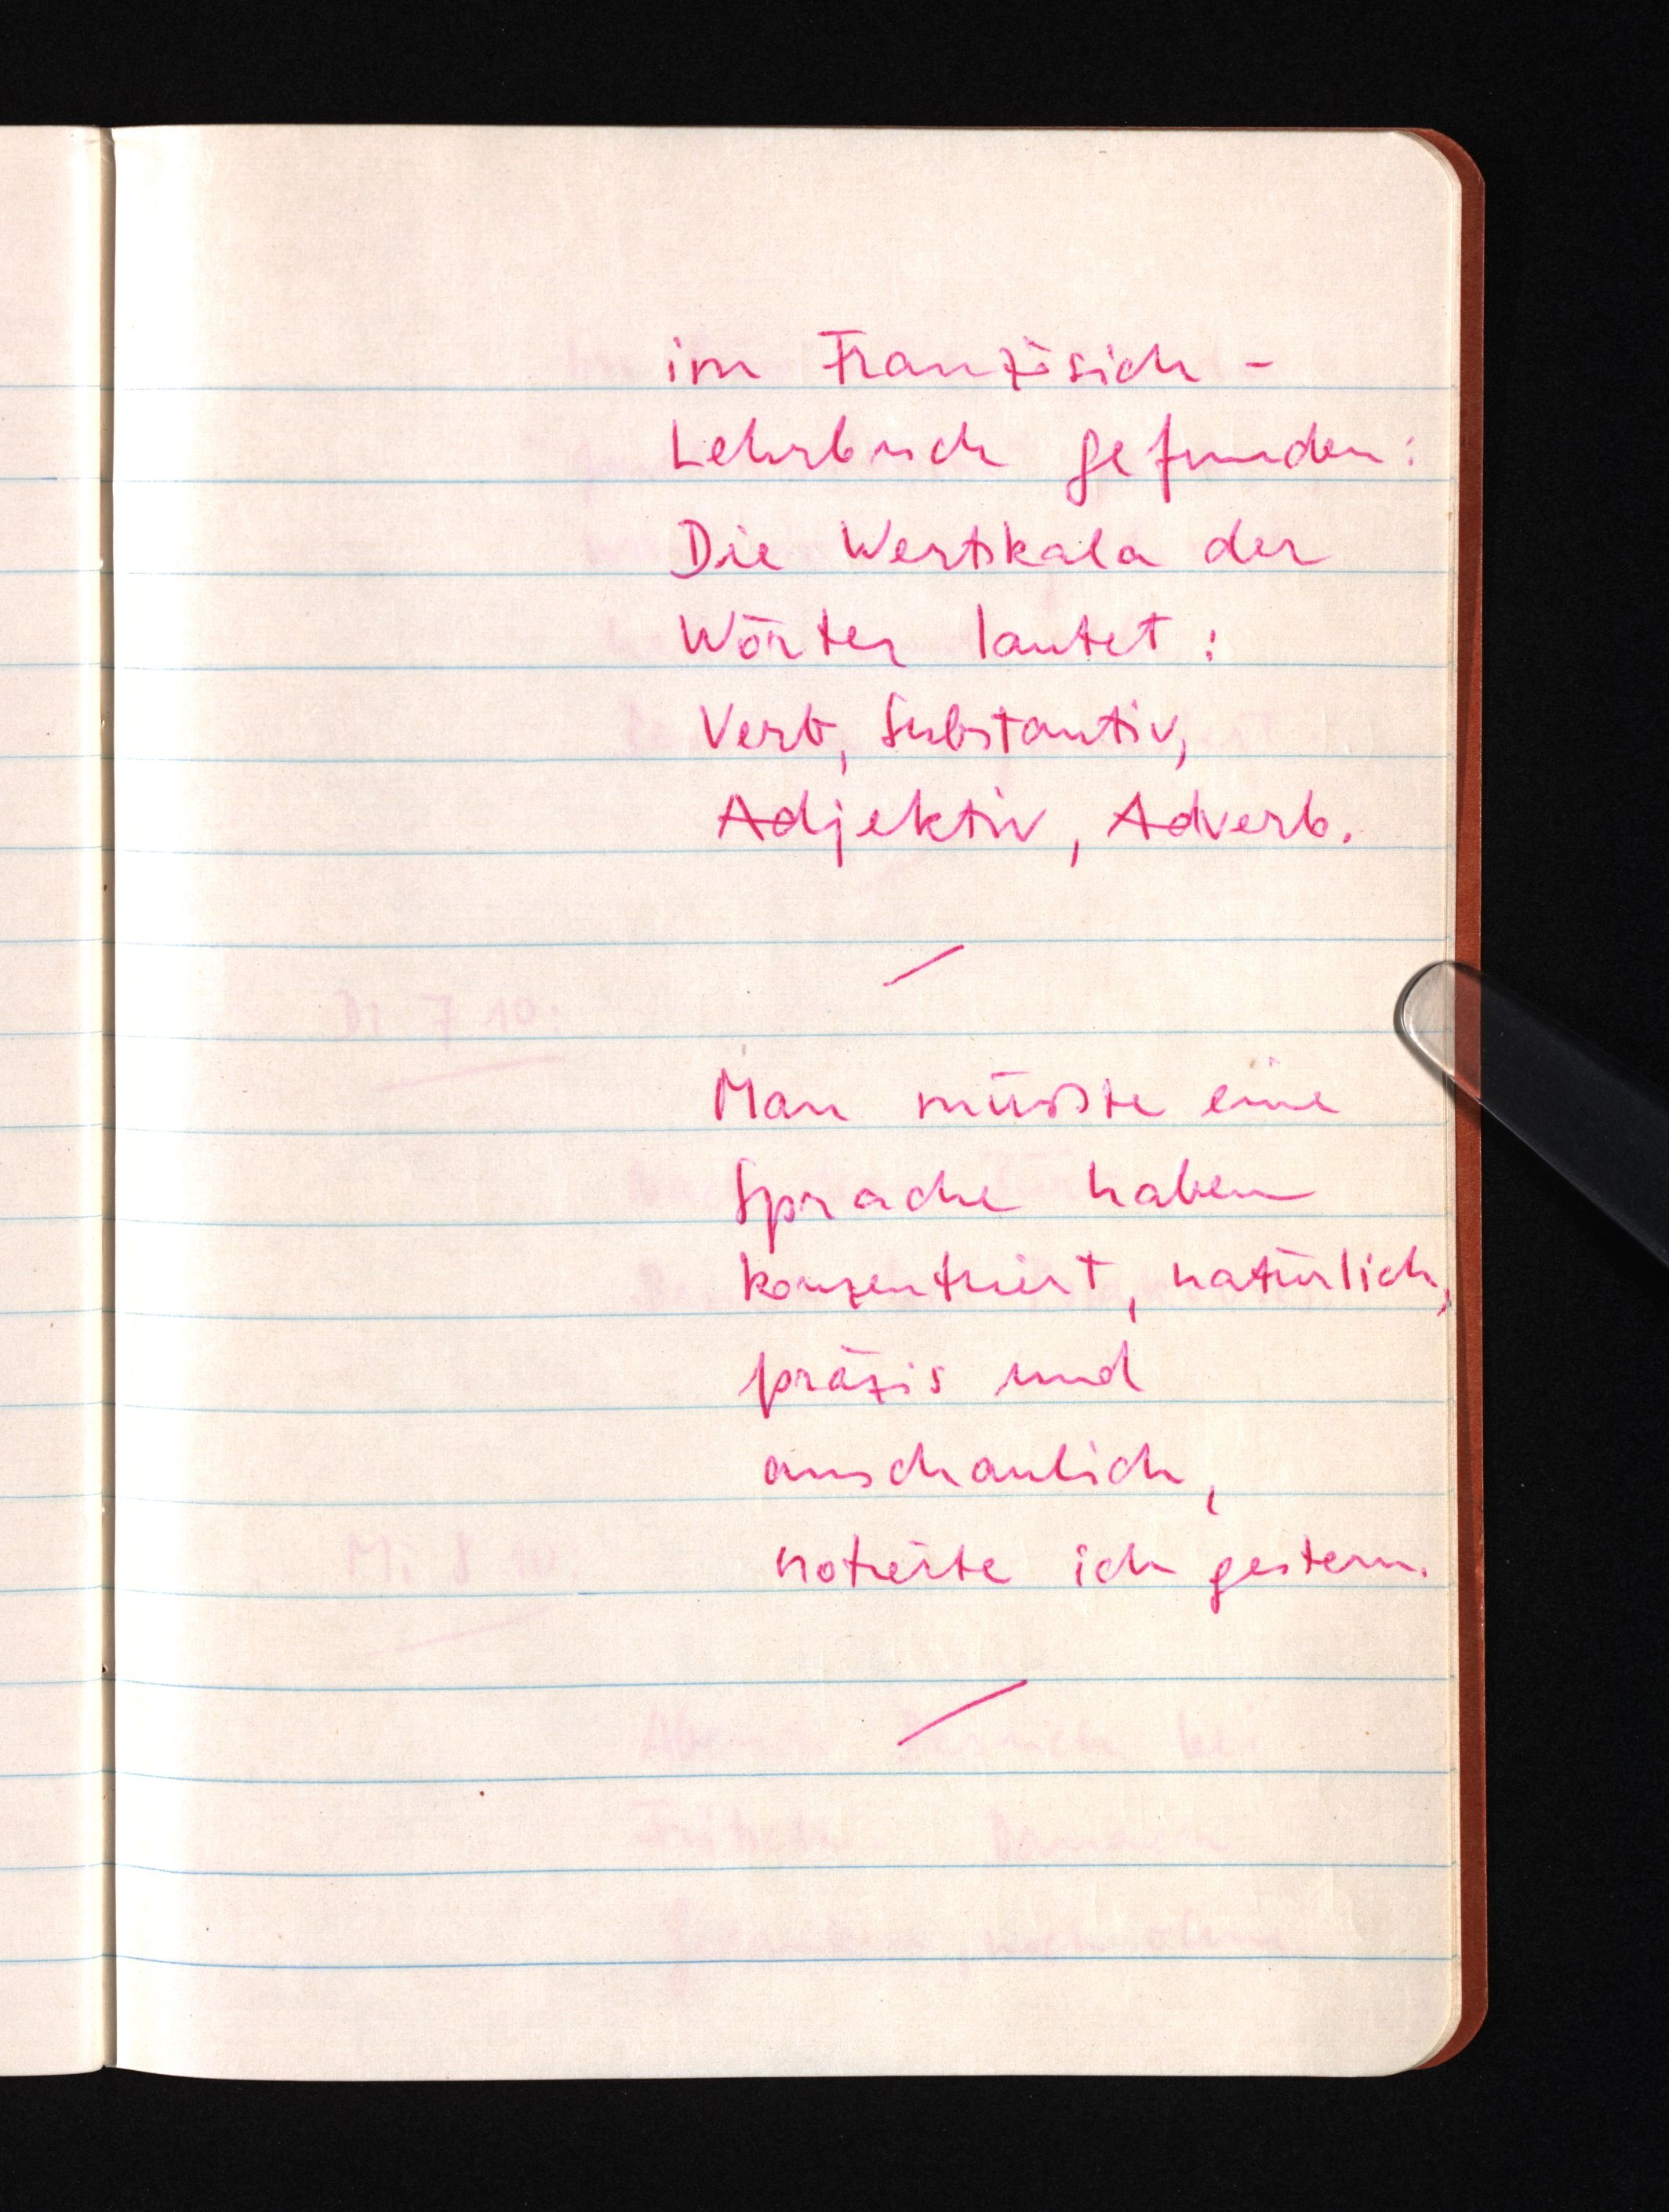
im Französisch-
Lehrbuch gefunden:
Die Wertskala der
Wörter lautet:
Verb, Substantiv,
Adjektiv, Adverb.
Man müßte eine
Sprache haben
konzentriert, natürlich,
präzis und
anschaulich,
notierte ich gestern.